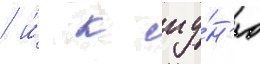
/ и́ к иу́н'ю